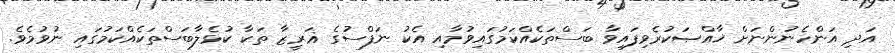
އަދި އަންހެނުންނަށް ޚާއްޞަކުރެވިފައިވާ ބަސްތަކެއްކަމުގައިވުމާއި އެކު ނަފްސުގެ ޣަރީޒާ ތަކާ ކުޅެލާބަސްތަކެއްކަމުގައި ނުވުމެވެ.